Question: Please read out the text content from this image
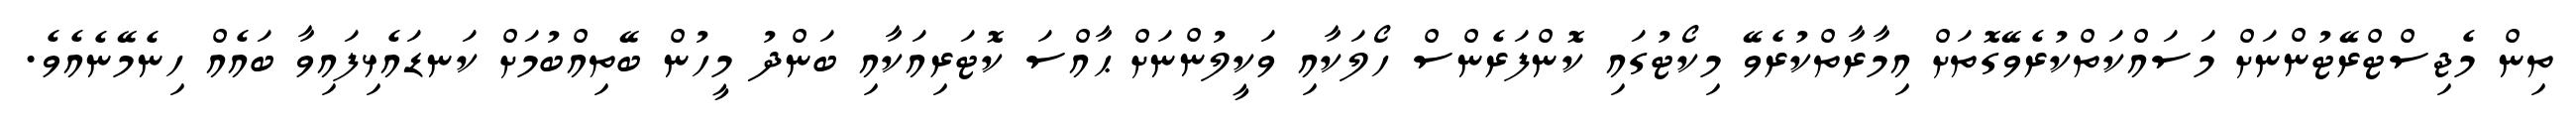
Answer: ތިން މެޖިސްޓްރޭޓުންނަށް މަސައްކަތްކުރެވޭގޮތަށް އިމާރާތްކުރެވޭ މިކޯޓުގައި ކޮންފަރެންސް ހޯލަކާއި ވަކީލުންނަށް ޙާއްސަ ކޮޓަރިއަކާއި ބަންދު މީހުން ބޭތިއްބުމަށް ކަނޑައެޅިފައިވާ ބައެއް ހިނެމޭނެއެވެ.